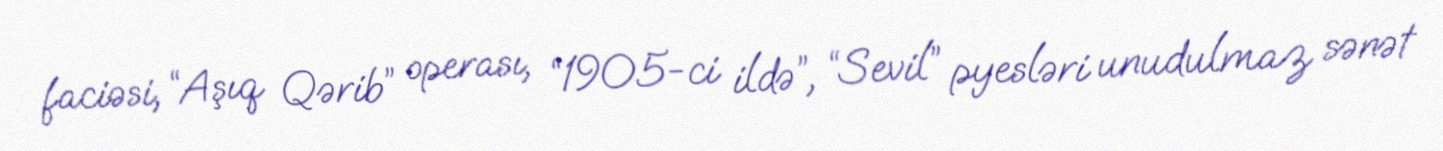
faciəsi, “Aşıq Qərib” operası, “1905-ci ildə”, “Sevil” pyesləri unudulmaz sənət